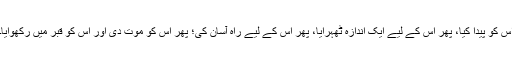
اس کو پیدا کیا، پھر اس کے لیے ایک اندازہ ٹھہرایا، پھر اس کے لیے راہ آسان کی؛ پھر اس کو موت دی اور اس کو قبر میں رکھوایا۔